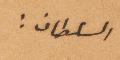
السلطان: